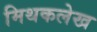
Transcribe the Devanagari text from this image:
मिथकलेख